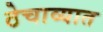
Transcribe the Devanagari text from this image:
ठेचाव्यात